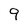
Character: 9